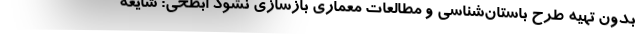
بدون تهیه طرح باستان‌شناسی و مطالعات معماری بازسازی نشود ابطحی: شایعه